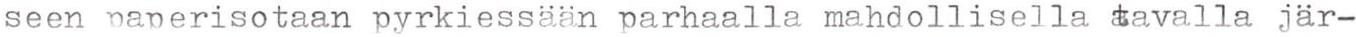
seen paperisotaan pyrkiessään parhaalla mahdollisella tavalla jär-